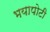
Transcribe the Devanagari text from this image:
भयापोटी